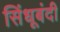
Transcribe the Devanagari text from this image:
सिंधूबंदी